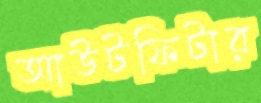
আউটফিটার